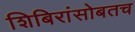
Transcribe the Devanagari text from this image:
शिबिरांसोबतच